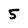
Character: 5